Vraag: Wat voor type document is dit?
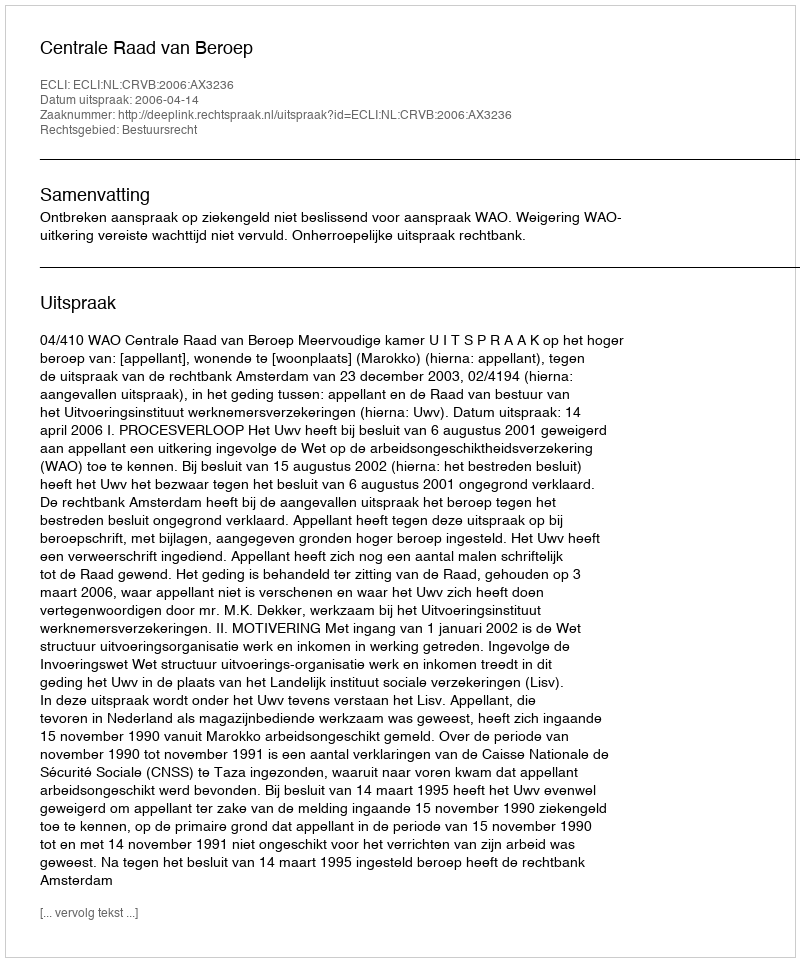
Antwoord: Uitspraak